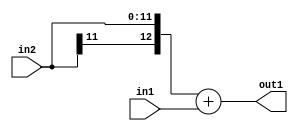
`timescale 1ps / 1ps
/*****************************************************************************
    Verilog RTL Description
    
    
    Created by: Stratus DpOpt 2019.1.01 
*******************************************************************************/

module DC_Filter_Add_12Sx9U_13S_1 (
	in2,
	in1,
	out1
	); /* architecture "behavioural" */ 
input [11:0] in2;
input [8:0] in1;
output [12:0] out1;
wire [12:0] asc001;

assign asc001 = 
	+({in2[11], in2})
	+(in1);

assign out1 = asc001;
endmodule

/* CADENCE  urn5TA4= : u9/ySgnWtBlWxVPRXgAZ4Og= ** DO NOT EDIT THIS LINE ******/